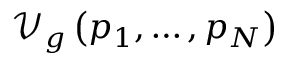
\mathcal { V } _ { g } \left( p _ { 1 } , \ldots , p _ { N } \right)